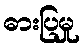
ဓားပြမှု